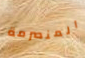
المنصرمة